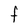
Character: F